Tezpur Lunatic Asylum reports 1877-1894 - 1877-1894
Year: 1877
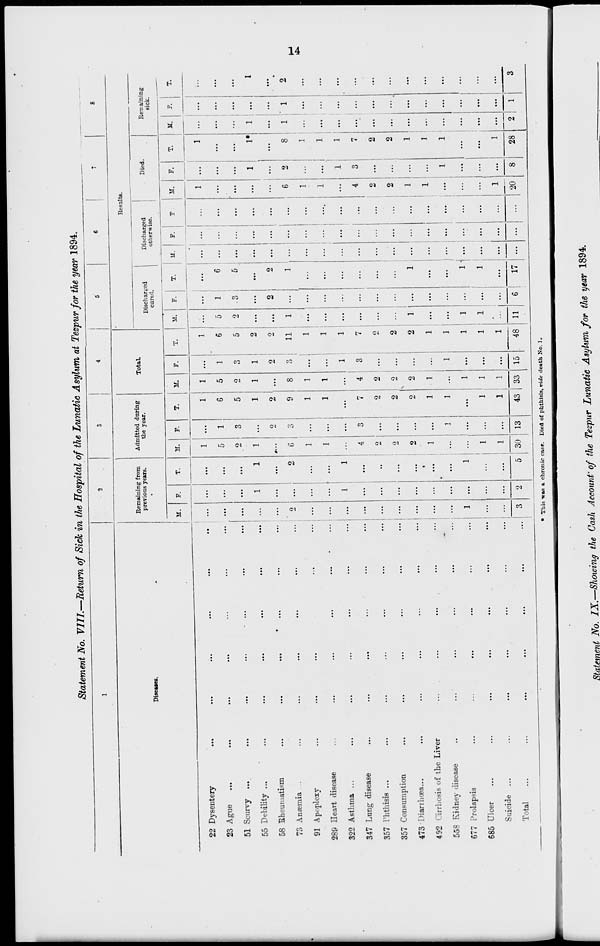
22 Dysentery
23 Ague
51 Scurvy ...
55 Debility ...
58 Rheumatism
73 Anaemia ...
91 Apoplexy
289 Heart disease
322 Asthma ...
347 Lung disease
357 Phthisis ...
357 Consumption
473 Diarrhoea...
492 Cirrhosis of the
558 Kidney disease
677 i'rolapsis
685 Ulcer
Suicide ...
Total
Liver
Statement No. VIII.—Return of Sick in the Hospital of the Lunatic Asylum at Tezpurfor the year 1894.
Diseases,
Remaining from
previous years.
M.
F.
Admitted during
the year.
Total.
Resnlts.
Discharged
curtd.
Discharged
otherwise.
Died.
M.
1
5
2
1
6
1
1
4
2
2
2
1
30
F.
13
M.
F.
M.
1
6
5
1
2
9
1
1
7
2
2
2
1
1
1
1
43
1
5
2
1
8
1
1
4
2
2
2
1
33
1
6
5
2
2
F.
M.
15
2
2
48 11
T
M.
F.
2
2
1
1
...
••:
...
...
...
...
...
...
...
...
1
...
20
T.
Remaining
sick.
1*
8
1
1
... ...
!
... ...
... ...
1 ...
...
...
1 ' 1
...
...
...
2
2
1
1
1
28
• This -was a chronic case. Died of phthisis, vide death No. 1.
Statement No. IX.—Showing the Gash Account'of the Tezpur Lunatic Asylum for the year 1894.